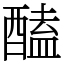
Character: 醘